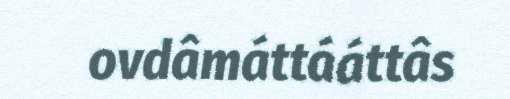
ovdâmáttááttâs